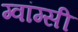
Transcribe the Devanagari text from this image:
ग्वांग्सी